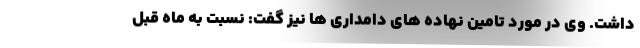
داشت. وی در مورد تامین نهاده های دامداری ها نیز گفت: نسبت به ماه قبل